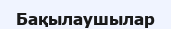
Бақылаушылар